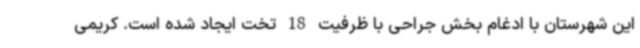
این شهرستان با ادغام بخش جراحی با ظرفیت 18 تخت ایجاد شده است. کریمی